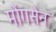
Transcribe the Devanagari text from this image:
मोंगसेन